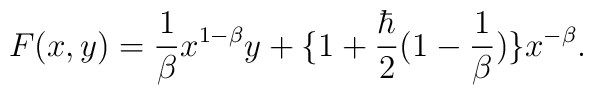
F(x,y)= \frac{1}{\beta} x^{1-\beta}y +\{1+\frac{\hbar}{2}(1-\frac{1}{\beta})\}x^{-\beta} .